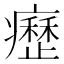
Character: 𤻤